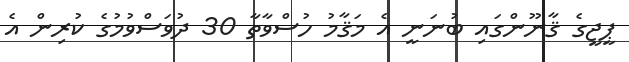
ޕީޖީގެ ޤާނޫންގައި ބުނަނީ އެ މަޤާމު ހުސްވާތާ 30 ދުވަސްވުމުގެ ކުރިން އެ